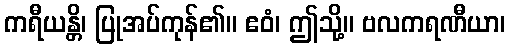
ကရီယန္တိ၊ ပြုအပ်ကုန်၏။ ဧဝံ၊ ဤသို့။ ဗလကရဏီယာ၊